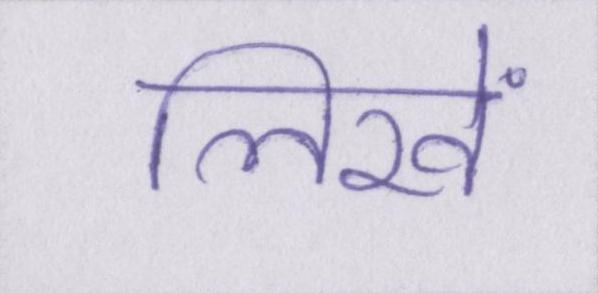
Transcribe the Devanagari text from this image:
लिखें